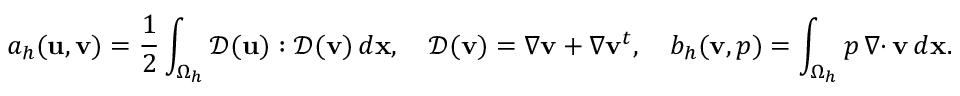
a _ { h } ( { \mathbf u } , { \mathbf v } ) = \frac 1 2 \int _ { \Omega _ { h } } { \mathcal { D } } ( { \mathbf u } ) : { \mathcal { D } } ( { \mathbf v } ) \, d { \mathbf x } , \quad { \mathcal { D } } ( { \mathbf v } ) = \nabla { \mathbf v } + \nabla { \mathbf v } ^ { t } , \quad b _ { h } ( { \mathbf v } , p ) = \int _ { \Omega _ { h } } p \, { { \nabla \cdot } \, } { \mathbf v } \, d { \mathbf x } .